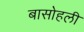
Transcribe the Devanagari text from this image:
बासोहली